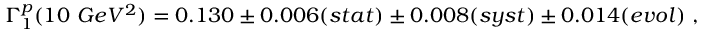
\Gamma _ { 1 } ^ { p } ( 1 0 ~ G e V ^ { 2 } ) = 0 . 1 3 0 \pm 0 . 0 0 6 ( s t a t ) \pm 0 . 0 0 8 ( s y s t ) \pm 0 . 0 1 4 ( e v o l ) ~ ,